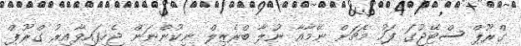
ގްރޫޕް ސްޓޭޖުގަ ފަހު މެޗަށް ނޭމާއާ ނުލާ ބްރެޒިލް ނިކުންނަން ޖެހިފައިވާއިރު ގްރޫޕް